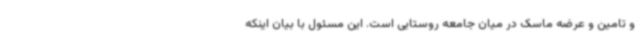
و تامین و عرضه ماسک در میان جامعه روستایی است. این مسئول با بیان اینکه